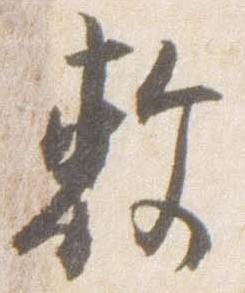
敷